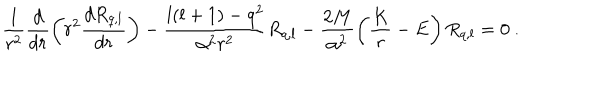
\frac 1 { r ^ { 2 } } \frac d { d r } \left( r ^ { 2 } \frac { d R _ { q , l } } { d r } \right) - \frac { l ( l + 1 ) - q ^ { 2 } } { \alpha ^ { 2 } r ^ { 2 } } R _ { q , l } - \frac { 2 M } { \alpha ^ { 2 } } \left( \frac K r - E \right) R _ { q , l } = 0 \ .